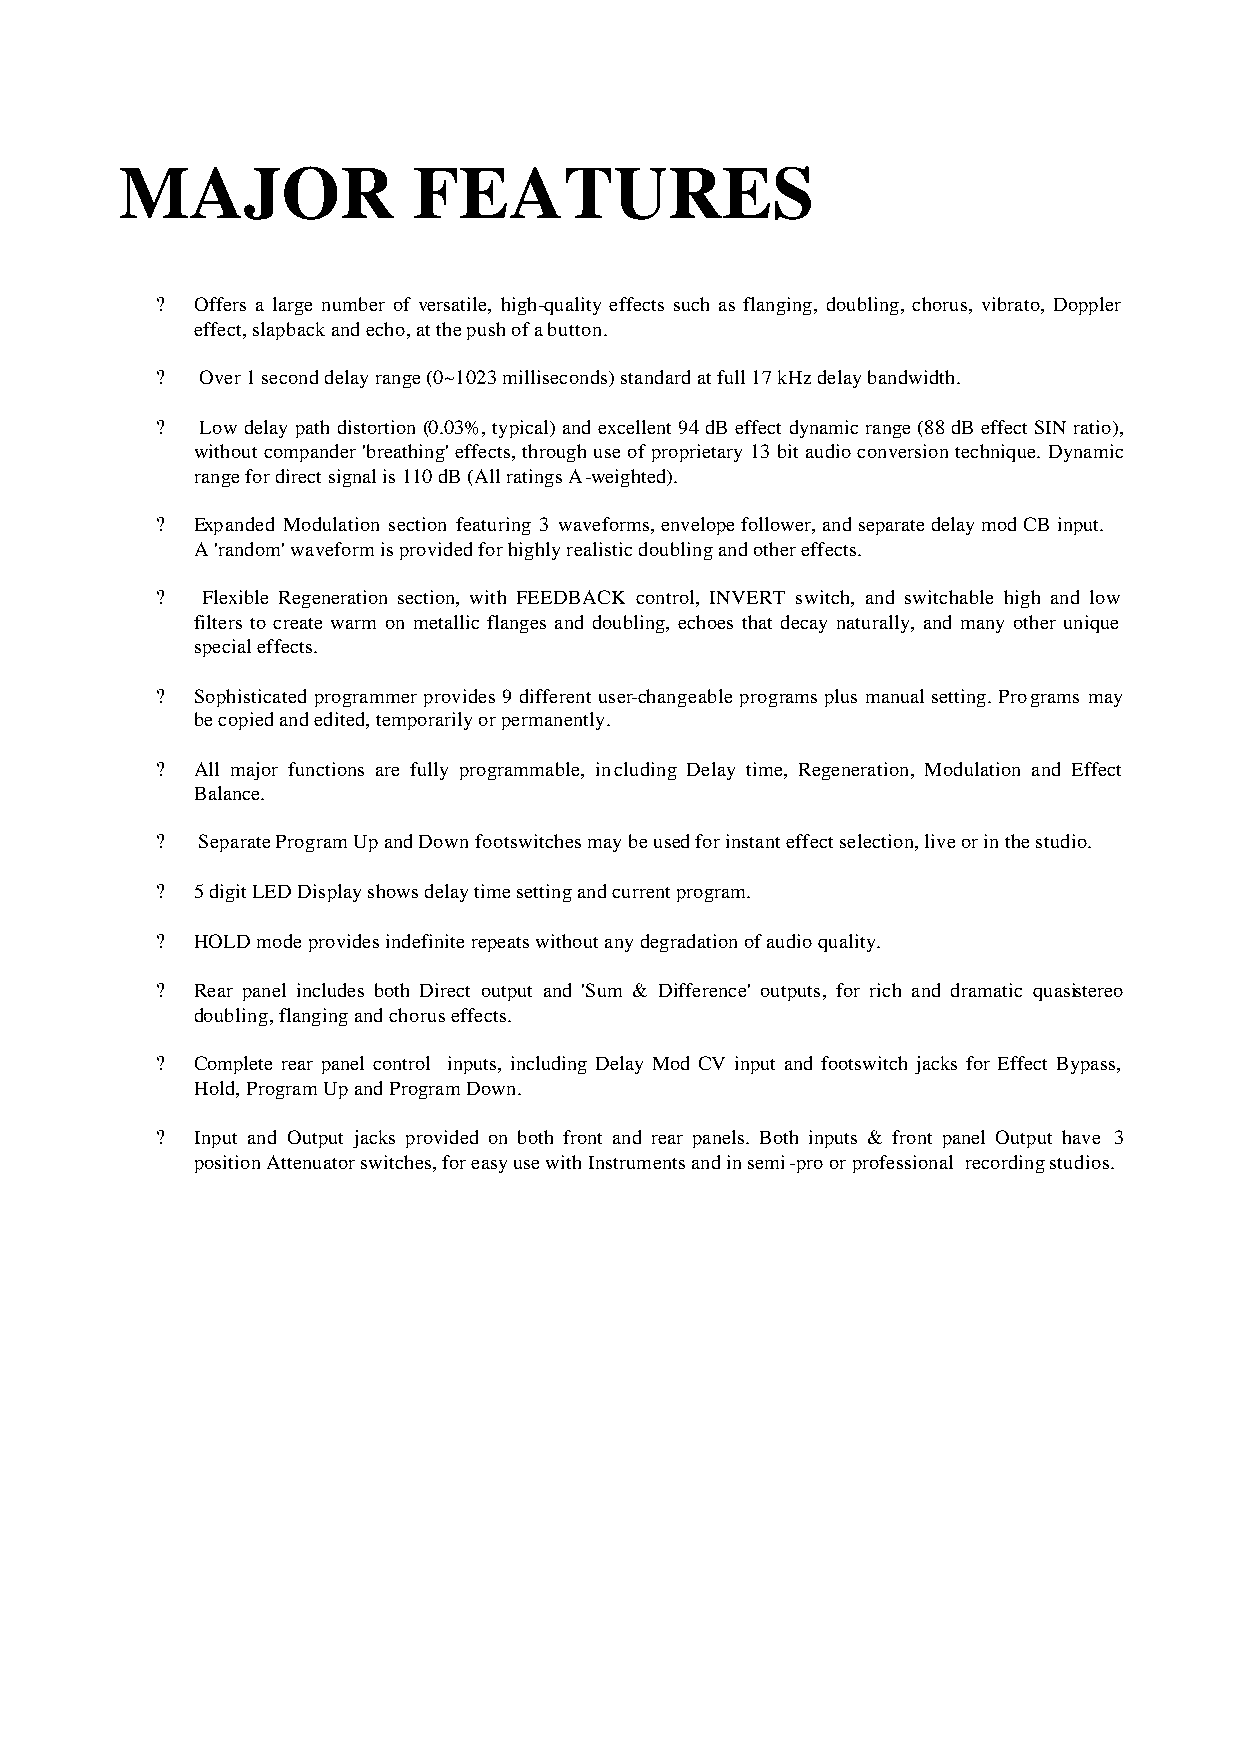
MAJOR              FEATURES
 ?  Offers a large number of versatile, high-quality effects such as flanging, doubling, chorus, vibrato, Doppler
 effect, slapback and echo, at the push of a button.
 ?  Over 1 second delay range (0~1023 milliseconds) standard at full 17 kHz delay bandwidth.
 ?  Low delay path distortion (0.03%, typical) and excellent 94 dB effect dynamic range (88 dB effect SIN ratio),
 without compander 'breathing' effects, through use of proprietary 13 bit audio conversion technique. Dynamic
 range for direct signal is 110 dB (All ratings A-weighted).
 ?  Expanded Modulation section featuring 3 waveforms, envelope follower, and separate delay mod CB input.
 A 'random' waveform is provided for highly realistic doubling and other effects.
 ?  Flexible Regeneration section, with FEEDBACK control, INVERT switch, and switchable high and low
 filters to create warm on metallic flanges and doubling, echoes that decay naturally, and many other unique
 special effects.
 ?  Sophisticated programmer provides 9 different user-changeable programs plus manual setting. Programs may
 be copied and edited, temporarily or permanently.
 ?  All major functions are fully programmable, including Delay time, Regeneration, Modulation and Effect
 Balance.
 ?  Separate Program Up and Down footswitches may be used for instant effect selection, live or in the studio.
 ?  5 digit LED Display shows delay time setting and current program.
 ?  HOLD mode provides indefinite repeats without any degradation of audio quality.
 ?  Rear panel includes both Direct output and 'Sum & Difference' outputs, for rich and dramatic quasistereo
 doubling, flanging and chorus effects.
 ?  Complete rear panel control inputs, including Delay Mod CV input and footswitch jacks for Effect Bypass,
 Hold, Program Up and Program Down.
 ?  Input and Output jacks provided on both front and rear panels. Both inputs & front panel Output have 3
 position Attenuator switches, for easy use with Instruments and in semi-pro or professional recording studios.